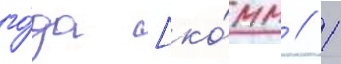
го́да [ко́мм // 1